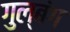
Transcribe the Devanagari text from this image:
गुल्बंग